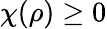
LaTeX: \chi(\rho)\ge 0